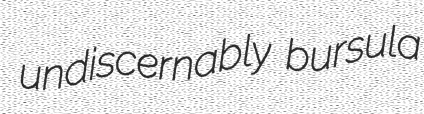
undiscernably bursula